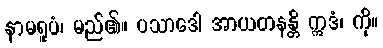
နာမရူပံ၊ မည်၏။ ပသာဒေါ အာယတနန္တိ ဣဒံ၊ ကို။